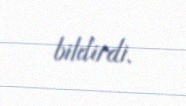
bildirdi.